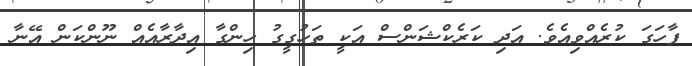
ފާހަގަ ކުރެއްވިއެވެ. އަދި ކަރެކްޝަންސް އަކީ ތަހުގީގު ހިންގާ އިދާރާއެއް ނޫންކަން އޭނާ